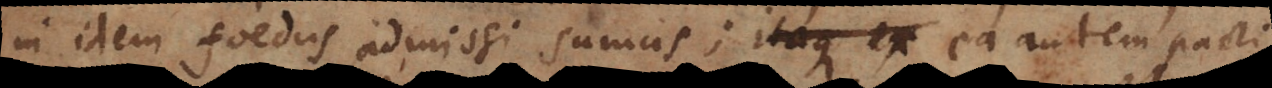
in idem foedus admissi sumus; ea autem pacti